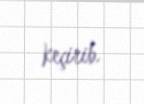
keçirib.